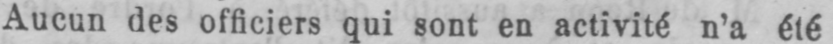
Aucun des officiers qui sont en activité n’a été